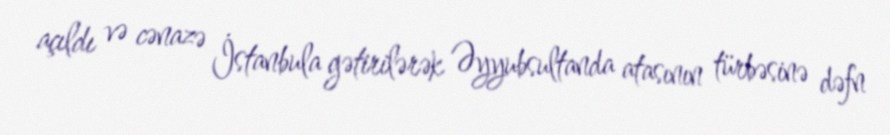
açıldı və cənazə İstanbula gətirilərək Əyyubsultanda atasının türbəsinə dəfn